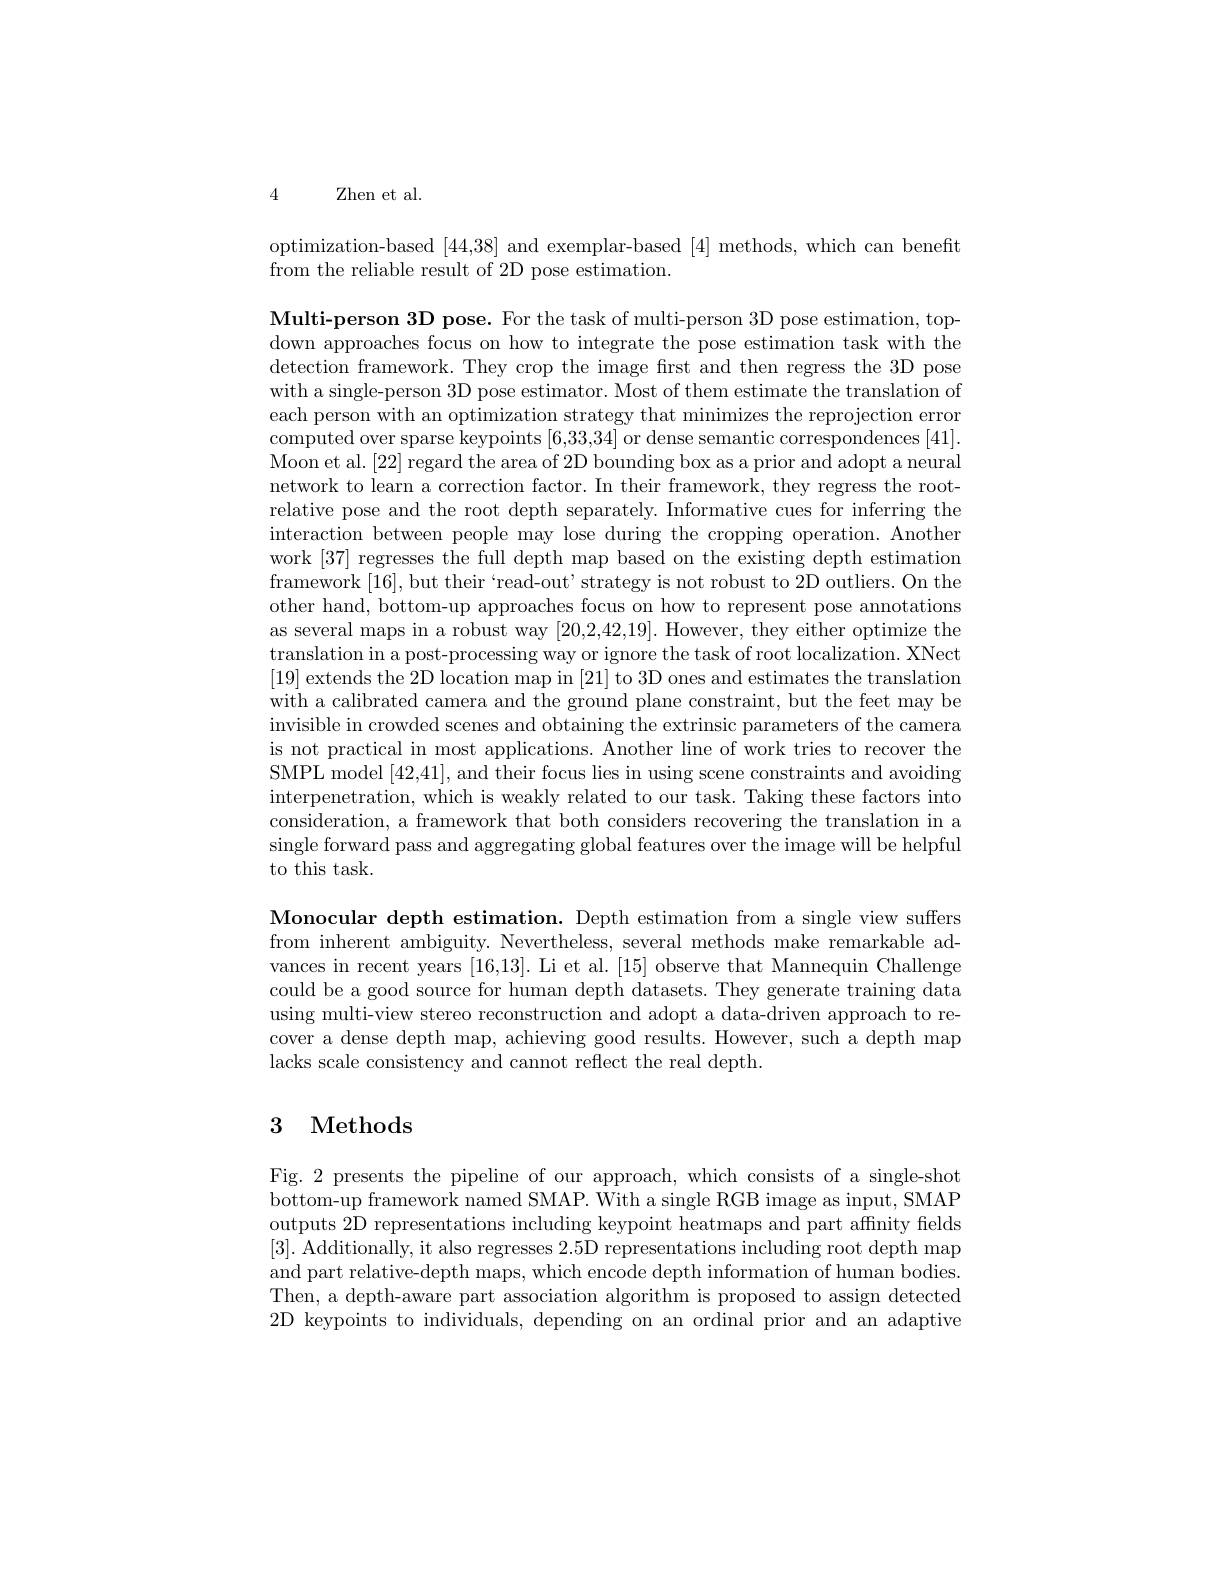
4 Zhen et al.

optimization-based [44,38] and exemplar-based [4] methods, which can benefit
from the reliable result of 2D pose estimation.

Multi-person 3D pose. For the task of multi-person 3D pose estimation, topdown approaches focus on how to integrate the pose estimation task with the detection framework. They crop the image first and then regress the 3D pose with a single-person 3D pose estimator. Most of them estimate the translation of each person with an optimization strategy that minimizes the reprojection error computed over sparse keypoints [6,33,34] or dense semantic correspondences [41] Moon et al. [22] regard the area of 2D bounding box as a prior and adopt a neural network to learn a correction factor. In their framework, they regress the rootrelative pose and the root depth separately. Informative cues for inferring the interaction between people may lose during the cropping operation. Another work [37] regresses the full depth map based on the existing depth estimation framework [16],but their`read-out'strategy is not robust to 2D outliers. On the other hand, bottom-up approaches focus on how to represent pose annotations as several maps in a robust way [20,2,42,19]. However, they either optimize the translation in a post-processing way or ignore the task of root localization. XNect [19] extends the 2D location map in [21] to 3D ones and estimates the translation with a calibrated camera and the ground plane constraint, but the feet may be invisible in crowded scenes and obtaining the extrinsic parameters of the camera is not practical in most applications. Another line of work tries to recover the SMPL model [42,41], and their focus lies in using scene constraints and avoiding interpenetration, which is weakly related to our task. Taking these factors into consideration, a framework that both considers recovering the translation in a single forward pass and aggregating global features over the image will be helpful to this task.

Monocular depth estimation. Depth estimation from a single view suffers from inherent ambiguity. Nevertheless, several methods make remarkable advances in recent years [16,13]. Li et al. [15] observe that Mannequin Challenge could be a good source for human depth datasets. They generate training data using multi-view stereo reconstruction and adopt a data-driven approach to recover a dense depth map, achieving good results. However, such a depth map lacks scale consistency and cannot reflect the real depth

## 3 Methods

Fig. 2 presents the pipeline of our approach, which consists of a single-shot bottom-up framework named SMAP. With a single RGB image as input, SMAF outputs 2D representations including keypoint heatmaps and part affinity fields [3]. Additionally, it also regresses 2.5D representations including root depth map and part relative-depth maps, which encode depth information of human bodies Then, a depth-aware part association algorithm is proposed to assign detected 2D keypoints to individuals, depending on an ordinal prior and an adaptive